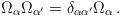
LaTeX: \begin{align*}\Omega_{\alpha}\Omega_{\alpha^{\prime}}=\delta_{\alpha\alpha^{\prime}}\Omega_{\alpha}\,.\end{align*}